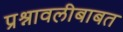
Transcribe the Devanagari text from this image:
प्रश्नावलीबाबत